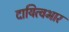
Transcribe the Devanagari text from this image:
दायित्वभार